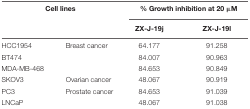
<table><thead><tr><td colspan="2"><b>Cell lines</b></td><td colspan="2"><b>% Growth inhibition at 20 μM</b></td></tr><tr><td colspan="2"></td><td><b>ZX-J-19j</b></td><td><b>ZX-J-19l</b></td></tr></thead><tbody><tr><td>HCC1954</td><td>Breast cancer</td><td>64.177</td><td>91.258</td></tr><tr><td>BT474</td><td></td><td>84.007</td><td>90.963</td></tr><tr><td>MDA-MB-468</td><td></td><td>84.653</td><td>90.849</td></tr><tr><td>SKOV3</td><td>Ovarian cancer</td><td>48.067</td><td>90.919</td></tr><tr><td>PC3</td><td>Prostate cancer</td><td>84.653</td><td>91.039</td></tr><tr><td>LNCaP</td><td></td><td>48.067</td><td>91.038</td></tr></tbody></table>